Indian journal of veterinary science and animal husbandry - Volume 14,
Year: 1944
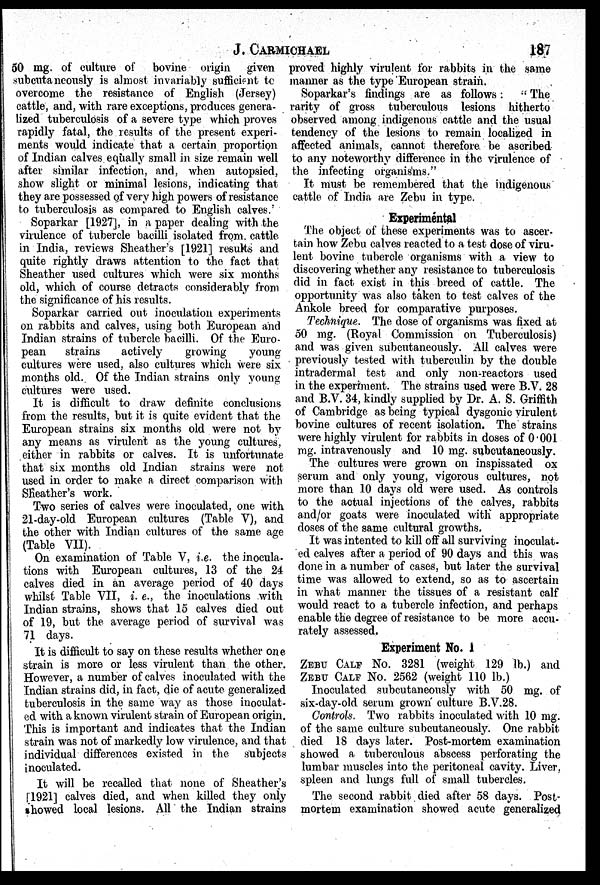
J.
CARMICHAEL
187
50 mg. of culture of bovine origin given
subcutaneously is almost invariably sufficient to
overcome the resistance of English (Jersey)
cattle, and, with rare exceptions, produces genera-
lized tuberculosis of a severe type which proves
rapidly fatal, the results of the present experi-
ments would indicate that a certain proportion
of Indian calves equally small in size remain well
after similar infection, and, when autopsied,
show slight or minimal lesions, indicating that
they are possessed of very high powers of resistance
to tuberculosis as compared to English calves.'
Soparkar [1927], in a paper dealing with the
virulence of tubercle bacilli isolated from cattle
in India, reviews Sheather's [1921] results and
quite rightly draws attention to the fact that
Sheather used cultures which were six months
old, which of course detracts considerably from
the significance of his results.
Soparkar carried out inoculation experiments
on rabbits and calves, using both European and
Indian strains of tubercle bacilli. Of the Euro-
pean
strains
actively
growing
young
cultures were used, also cultures which were six
months old. Of the Indian strains only young
cultures were used.
It is difficult to draw definite conclusions
from the results, but it is quite evident that the
European strains six months old were not by
any means as virulent as the young cultures,
either in rabbits or calves. It is unfortunate
that six months old Indian strains were not
used in order to make a direct comparison with
Sheather's work.
Two series of calves were inoculated, one with
21-day-old European cultures (Table V), and
the other with Indian cultures of the same age
(Table VII).
On examination of Table V, i.e. the inocula-
tions with European cultures, 13 of the 24
calves died in an average period of 40 days
whilst Table VII, i. e., the inoculations with
Indian strains, shows that 15 calves died out
of 19, but the average period of survival was
71 days.
It is difficult to say on these results whether one
strain is more or less virulent than the other.
However, a number of calves inoculated with the
Indian strains did, in fact, die of acute generalized
tuberculosis in the same way as those inoculat-
ed with a known virulent strain of European origin.
This is important and indicates that the Indian
strain was not of markedly low virulence, and that
individual differences existed in the subjects
inoculated.
It will be recalled that none of Sheather's
[1921] calves died, and when killed they only
showed local lesions. All the Indian strains
proved highly virulent for rabbits in the same
manner as the type European strain.
Soparkar's findings are as follows:
"The
rarity of gross tuberculous lesions hitherto
observed among indigenous cattle and the usual
tendency of the lesions to remain localized in
affected animals, cannot therefore be ascribed
to any noteworthy difference in the virulence of
the infecting organisms."
It must be remembered that the indigenous
cattle of India are Zebu in type.
Experimental
The object of these experiments was to ascer-
tain how Zebu calves reacted to a test dose of viru-
lent bovine tubercle organisms with a view to
discovering whether any resistance to tuberculosis
did in fact exist in this breed of cattle. The
opportunity was also taken to test calves of the
Ankole breed for comparative purposes.
Technique. The dose of organisms was fixed at
50 mg. (Royal Commission on Tuberculosis)
and was given subcutaneously. All calves were
previously tested with tuberculin by the double
intradermal test and only non-reactors used
in the experiment. The strains used were B.V. 28
and B.V. 34, kindly supplied by Dr. A. S. Griffith
of Cambridge as being typical dysgonic virulent
bovine cultures of recent isolation. The strains
were highly virulent for rabbits in doses of 0.001
mg. intravenously and 10 mg. subcutaneously.
The cultures were grown on inspissated ox
serum and only young, vigorous cultures, not
more than 10 days old were used. As controls
to the actual injections of the calves, rabbits
and/or goats were inoculated with appropriate
doses of the same cultural growths.
It was intented to kill off all surviving inoculat-
ed calves after a period of 90 days and this was
done in a number of cases, but later the survival
time was allowed to extend, so as to ascertain
in what manner the tissues of a resistant calf
would react to a tubercle infection, and perhaps
enable the degree of resistance to be more accu-
rately assessed.
Experiment No. 1
ZEBU CALF NO. 3281 (weight 129 lb.) and
ZEBU CALF NO. 2562 (weight 110 lb.)
Inoculated subcutaneously with 50 mg. of
six-day-old serum grown culture B.V.28.
Controls. Two rabbits inoculated with 10 mg.
of the same culture subcutaneously. One rabbit
died 18 days later. Post-mortem examination
showed a tuberculous abscess perforating the
lumbar muscles into the peritoneal cavity. Liver,
spleen and lungs full of small tubercles.
The second rabbit died after 58 days. Post-
mortem examination showed acute generalized